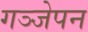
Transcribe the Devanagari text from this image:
गञ्जेपन